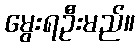
မွေးရဦးမည်။